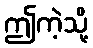
ဤကဲ့သို့